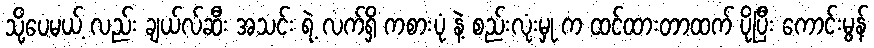
သို့ပေမယ့် လည်း ချယ်လ်ဆီး အသင်း ရဲ့ လက်ရှိ ကစားပုံ နဲ့ စည်းလုံးမှု က ထင်ထားတာထက် ပိုပြီး ကောင်းမွန်